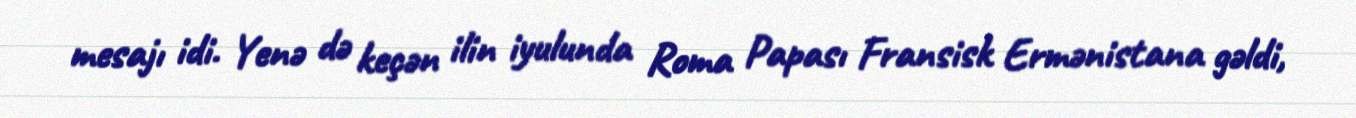
mesajı idi. Yenə də keçən ilin iyulunda Roma Papası Fransisk Ermənistana gəldi,